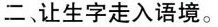
二、让生字走入语境。